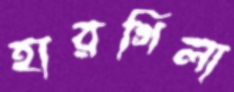
হারগিলা